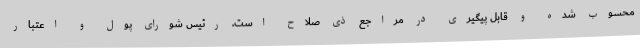
محسوب شده و قابل پیگیری در مراجع ذی صلاح است. رئیس شورای پول و اعتبار